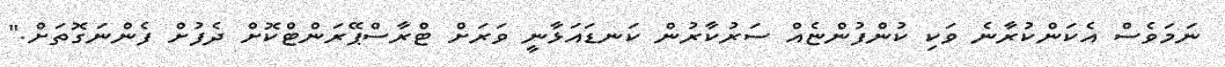
ނަމަވެސް އެކަންކުރާނެ ވަކި ކުންފުންޏެއް ސަރުކާރުން ކަނޑައަޅާނީ ވަރަށް ޓްރާސްޕޭރަންޓްކޮށް ދެފުށް ފެންނަގޮތަށް."